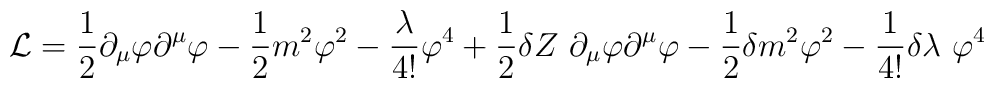
{\cal L}=\frac{1}{2}\partial_{\mu}\varphi\partial^{\mu}\varphi-\frac{1}{2}m^{2}\varphi^{2}-\frac{\lambda}{4!}\varphi^{4}+\frac{1}{2}\delta Z~\partial_{\mu}\varphi\partial^{\mu}\varphi-\frac{1}{2}\delta m^{2}\varphi^{2}-\frac{1}{4!}\delta\lambda~\varphi^{4}\,